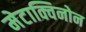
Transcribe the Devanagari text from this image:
मेटाक्विनोन